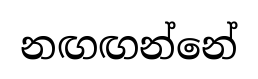
නඟඟන්නේ